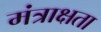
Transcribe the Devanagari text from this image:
मंत्राक्षता